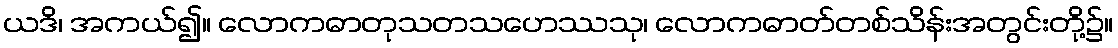
ယဒိ၊ အကယ်၍။ လောကဓာတုသတသဟေဿသု၊ လောကဓာတ်တစ်သိန်းအတွင်းတို့၌။